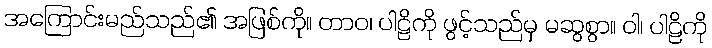
အကြောင်းမည်သည်၏ အဖြစ်ကို။ တာဝ၊ ပါဠိကို ဖွင့်သည်မှ မဆွစွာ။ ဝါ၊ ပါဠိကို